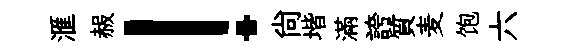
滙赧！尙堦滿誇質麦饱六